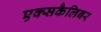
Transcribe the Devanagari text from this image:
एक्सकैलिबर